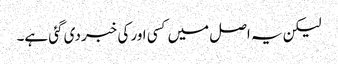
لیکن یہ اصل میں‌کسی اور کی خبر دی گئی ہے۔